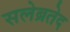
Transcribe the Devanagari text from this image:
सलेब्रतेद